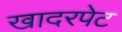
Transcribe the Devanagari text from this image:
खादरपेट